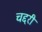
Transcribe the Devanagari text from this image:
चद्दरी